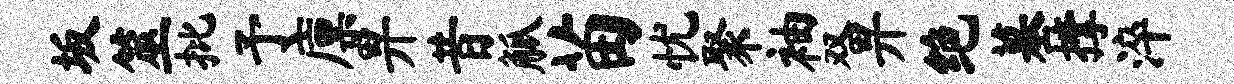
坂筮批予廪畀昔觚苗忧聚袖双畀绝墓撑淬